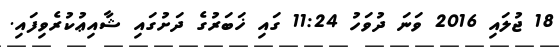
18 ޖުލައި 2016 ވަނަ ދުވަހު 11:24 ގައި ޚަބަރުގެ ދަށުގައި ޝާއިޢުކުރެވިފައި.